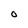
Character: O